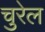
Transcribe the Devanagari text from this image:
चुरेल